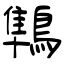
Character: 鶽